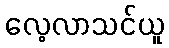
လေ့လာသင်ယူ